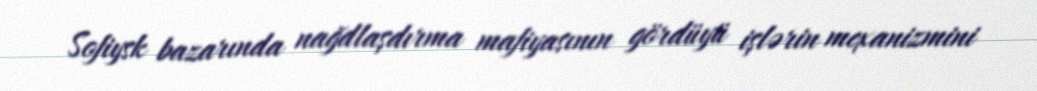
Sofiysk bazarında nağdlaşdırma mafiyasının gördüyü işlərin mexanizmini